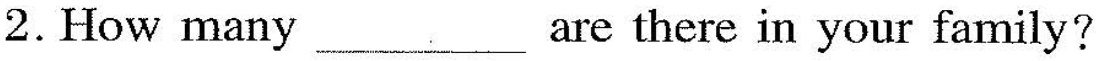
2.How many___ are there in your family?